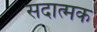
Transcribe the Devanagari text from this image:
सदात्मक